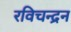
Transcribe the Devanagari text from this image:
रविचन्द्रन